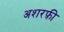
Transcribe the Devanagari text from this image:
अशरफ़ी